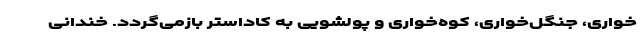
خواری، جنگل‌خواری، کوه‌خواری و پولشویی به کاداستر بازمی‌گردد. خندانی